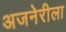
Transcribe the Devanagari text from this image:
अजनेरीला